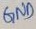
Text: GND